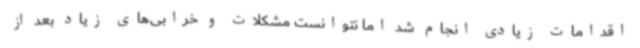
اقدامات زیادی انجام شد اما نتوانست مشکلات و خرابی‌های زیاد بعد از